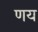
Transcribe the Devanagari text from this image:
णय